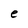
Character: e